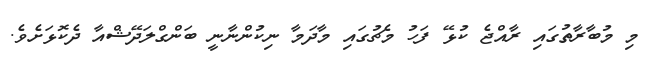
މި މުބާރާތުގައި ރާއްޖެ ކުޅޭ ފަހު މެޗުގައި މާދަމާ ނިކުންނާނީ ބަންގްލަދޭޝްއާ ދެކޮޅަށެވެ.